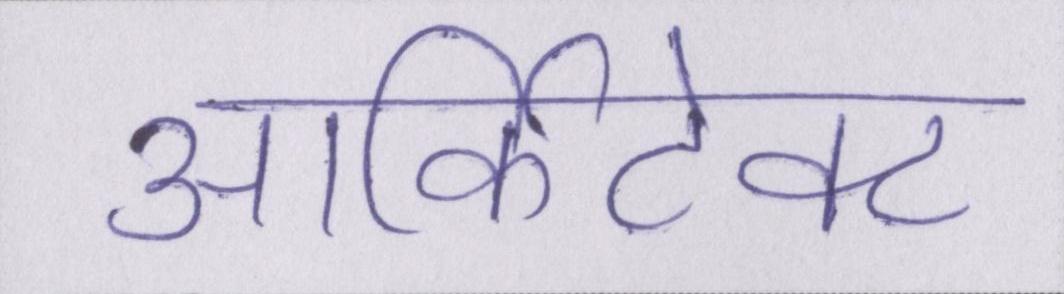
आर्किटेक्ट